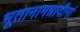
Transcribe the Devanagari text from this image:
भूतानामन्नादीनां